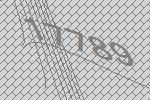
17789